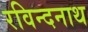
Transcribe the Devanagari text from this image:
रविन्दनाथ